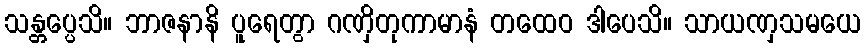
သန္တပ္ပေသိ။ ဘာဇနာနိ ပူရေတွာ ဂဏှိတုကာမာနံ တထေဝ ဒါပေသိ။ သာယဏှသမယေ